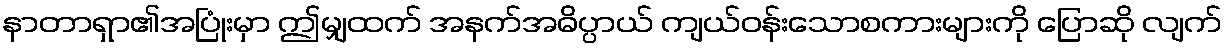
နာတာရှာ၏အပြုံးမှာ ဤမျှထက် အနက်အဓိပ္ပာယ် ကျယ်ဝန်းသောစကားများကို ပြောဆို လျက်